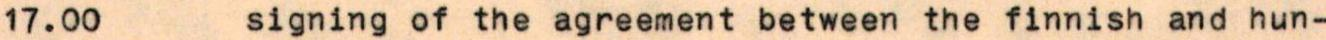
17.00  signing of the agreement between the finnish and hun-